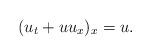
LaTeX: \begin{align*}(u_t+uu_x)_x=u.\end{align*}